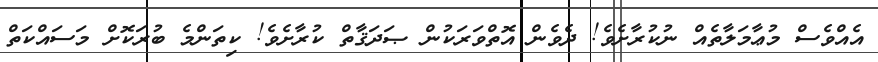
އެއްވެސް މުޢާމަލާތެއް ނުކުރާށެވެ! ދެވެން އޮތްވަރަކުން ޞަދަޤާތް ކުރާށެވެ! ކިތަންމެ ބުރަކޮށް މަސައްކަތް